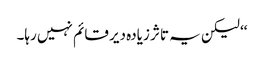
‘‘ لیکن یہ تاثر زیادہ دیر قائم نہیں رہا۔